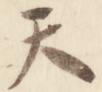
天